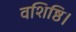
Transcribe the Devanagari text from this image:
वशिष्ठि।